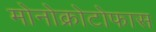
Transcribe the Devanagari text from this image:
मोनोक्रोटोफास